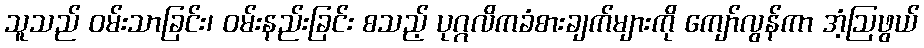
သူသည် ဝမ်းသာခြင်း၊ ဝမ်းနည်းခြင်း စသည့် ပုဂ္ဂလိကခံစားချက်များကို ကျော်လွန်ကာ အံ့ဩဖွယ်